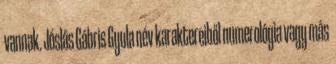
vannak. Jóslás Gábris Gyula név karaktereiből numerológia vagy más